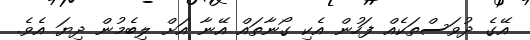
އޭގެ ދުވަސްތަކެއް ފަހުން އެކި ގޯނާތައް އޭނާ އަށް ލިބެމުން ދިޔަ އެވެ.